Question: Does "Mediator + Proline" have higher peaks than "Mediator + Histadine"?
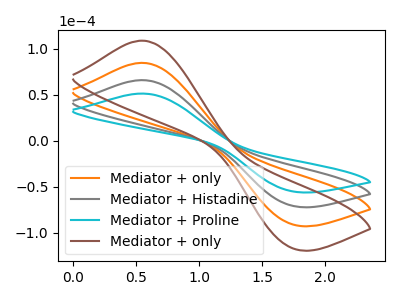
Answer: <think>The orange curve "Mediator + only" has an anodic peak at (0.55V, 131.75uA) and a cathodic peak at (1.75V, -141.45uA). The gray curve "Mediator + Histadine" has an anodic peak at (0.55V, 65.85uA) and a cathodic peak at (1.75V, -70.75uA). The cyan curve "Mediator + Proline" has an anodic peak at (0.55V, 51.25uA) and a cathodic peak at (1.75V, -55.05uA). The brown curve "Mediator + only" has an anodic peak at (0.55V, 197.60uA) and a cathodic peak at (1.75V, -212.20uA).</think>
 <answer>Every peak in "Mediator + Proline" is lower than every peak in "Mediator + Histadine".</answer>
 <eval>lower</eval>